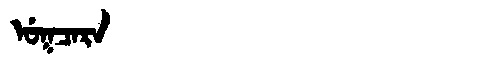
Manchu: ᡠᡴᠴᠠᡵᠠ
Romanization: UKCARA